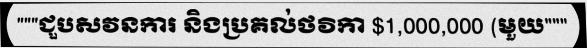
"""ជួបសវនការ និងប្រគល់ថវិកា $1,000,000 (មួយ"""